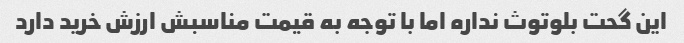
این گحت بلوتوث نداره اما با توجه به قیمت مناسبش ارزش خرید دارد